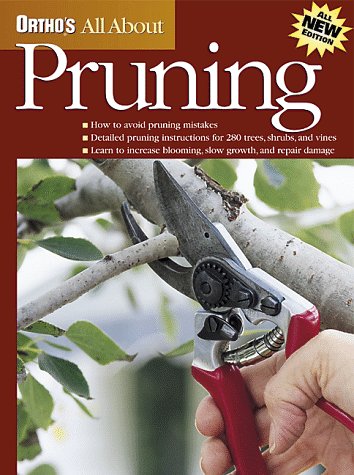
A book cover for Ortho's All About Pruning; Ortho; Crafts, Hobbies & Home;